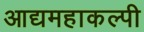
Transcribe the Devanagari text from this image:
आद्यमहाकल्पी